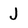
Character: J